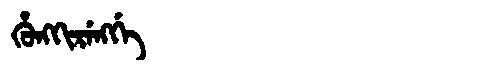
Manchu: ᡥᡠᠩᡴᡳᡵᡝᠩᡤᡝ
Romanization: HUNGKIRENGGE